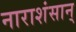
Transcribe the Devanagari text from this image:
नाराशंसान्